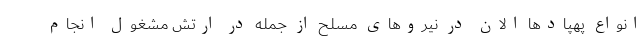
انواع پهپاد‌ها الان در نیرو‌های مسلح از جمله در ارتش مشغول انجام